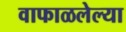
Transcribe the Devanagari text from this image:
वाफाळलेल्या